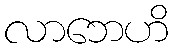
လာဘေဟိ